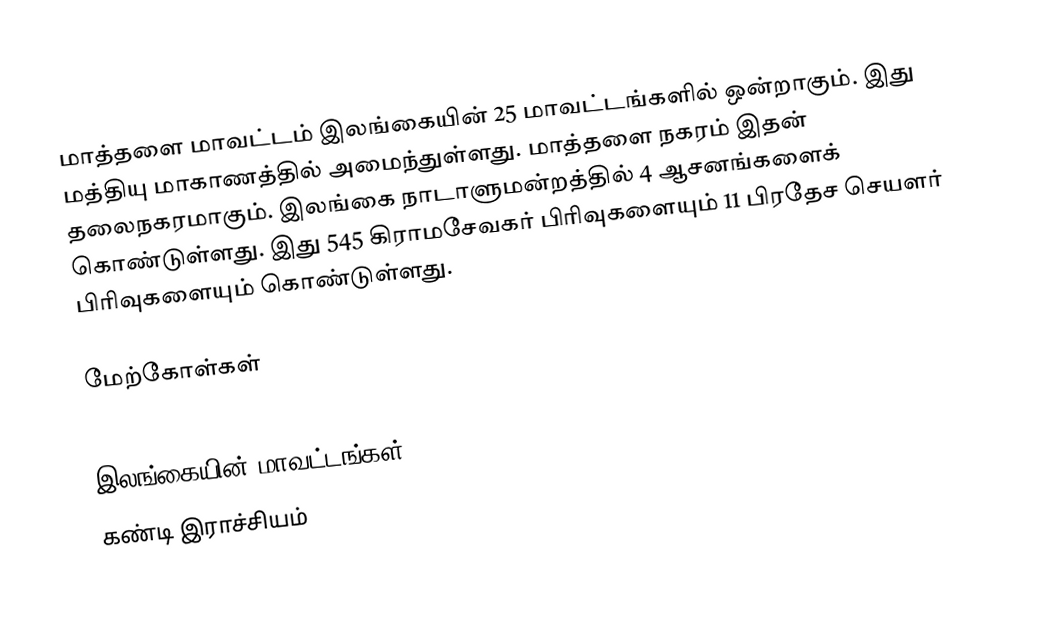
மாத்தளை மாவட்டம் இலங்கையின் 25 மாவட்டங்களில் ஒன்றாகும். இது மத்தியு மாகாணத்தில் அமைந்துள்ளது. மாத்தளை நகரம் இதன் தலைநகரமாகும். இலங்கை நாடாளுமன்றத்தில் 4 ஆசனங்களைக் கொண்டுள்ளது. இது  545 கிராமசேவகர் பிரிவுகளையும் 11 பிரதேச செயளர் பிரிவுகளையும் கொண்டுள்ளது.

மேற்கோள்கள்

இலங்கையின் மாவட்டங்கள்
கண்டி இராச்சியம்